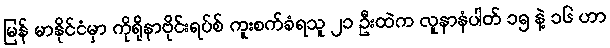
မြန် မာနိုင်ငံမှာ ကိုရိုနာဗိုင်းရပ်စ် ကူးစက်ခံရသူ ၂၁ ဦးထဲက လူနာနံပါတ် ၁၅ နဲ့ ၁၆ ဟာ